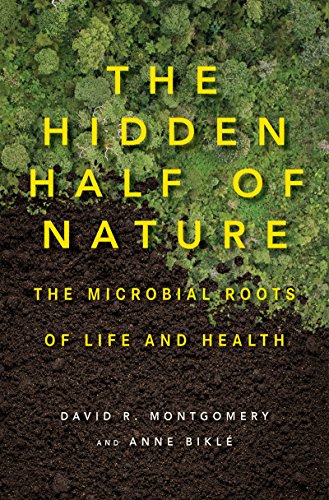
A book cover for The Hidden Half of Nature: The Microbial Roots of Life and Health; David R. Montgomery; Medical Books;